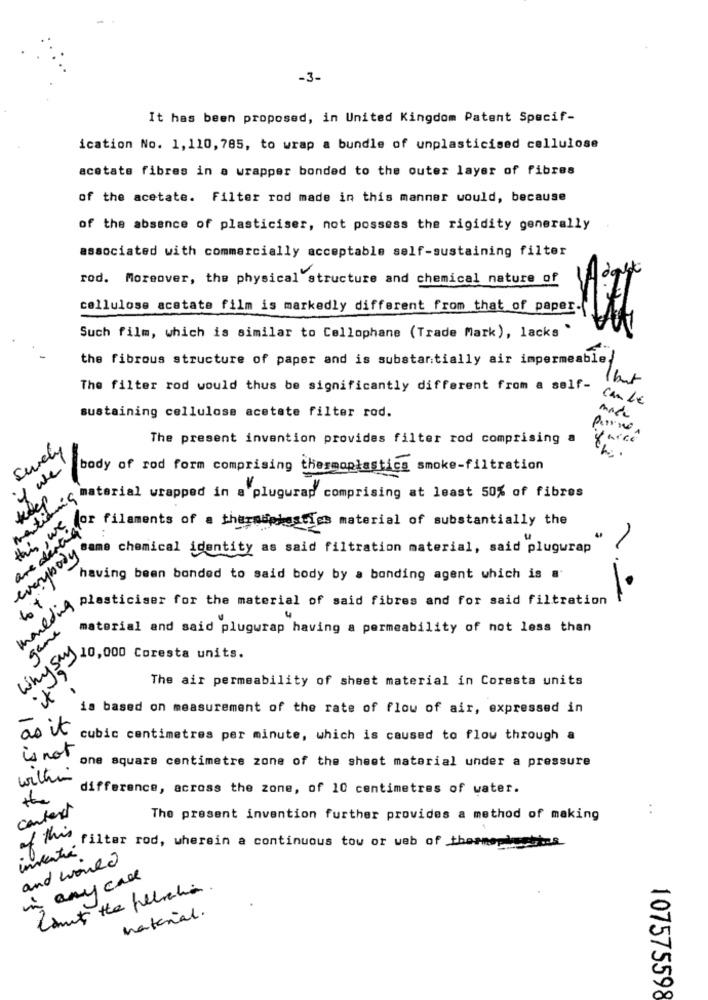
-3-
It has been proposed, in United Kingdom Patent Specif-
ication No. 1,110, 785, to wrap a bundle of unplasticised cellulose
acetate fibres in a wrapper bonded to the outer layer of fibres
of the acetate. Filter rod made in this manner would, because
of the absence of plasticiser, not possess the rigidity generally
associated with commercially acceptable self-sustaining filter
rod. Moreover, the physical structure and chemical nature of
cellulose acetate film is markedly different from that of paper.
Such film, which is similar to Cellophane (Trade Mark), lacks "
the fibrous structure of paper and is substantially air impermeable.
but
The filter rod would thus be significantly different from a self-
can LE
sustaining cellulose acetate filter rod.
The present invention provides filter rod comprising a
Surely
if we
body of rod form comprising thermoplastics smoke-filtration
wordpress wrapped in a plugurap comprising at least 50% of fibres
this, we
are derte
for filaments of a tharmapiestis material of substantially the
everybody
same chemical identity as said filtration material, said plugurap
having been bonded to said body by a bonding agent which is a
Lt
odwiedaceder for the material of said fibres and for said filtration
game
material and said plugwrap having a permeability of not less than
Smy 40,000 Coresta units .
The air permeability of sheet material in Coresta units
is based on measurement of the rate of flow of air, expressed in
as it
cubic centimetres per minute, which is caused to flow through a
is not
one square centimetre zone of the sheet material under a pressure
within
difference, across the zone, of 10 centimetres of water.
context
:
The present invention further provides a method of making
of this
. filter rod, wherein a continuous tow or web of thosepinettes
inventia
and would
in any case
material.
107575598